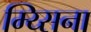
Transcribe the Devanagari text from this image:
म्य्सिना